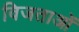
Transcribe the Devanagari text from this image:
विजताओं